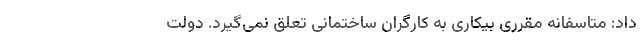
داد: متاسفانه مقرری بیکاری به کارگران ساختمانی تعلق نمی‌گیرد. دولت